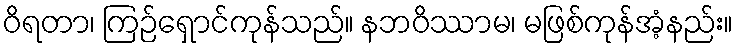
ဝိရတာ၊ ကြဉ်ရှောင်ကုန်သည်။ နဘဝိဿာမ၊ မဖြစ်ကုန်အံ့နည်း။